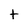
Character: t